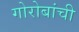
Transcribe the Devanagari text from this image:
गोरोबांची